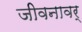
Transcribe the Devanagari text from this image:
जीवनावर्